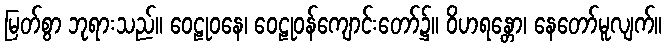
မြတ်စွာ ဘုရားသည်။ ဝေဠုဝနေ၊ ဝေဠုဝန်ကျောင်းတော်၌။ ဝိဟရန္တော၊ နေတော်မူလျက်။